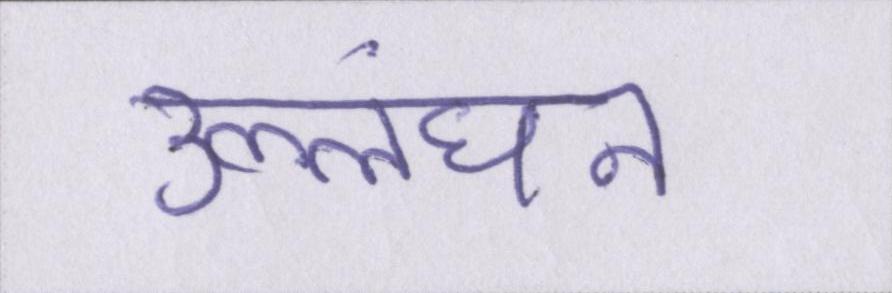
उल्लंघन